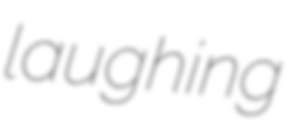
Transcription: laughing